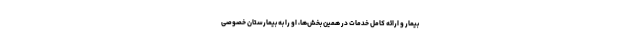
بیمار و ارائه کامل خدمات در همین بخش‌ها، او را به بیمارستان خصوصی